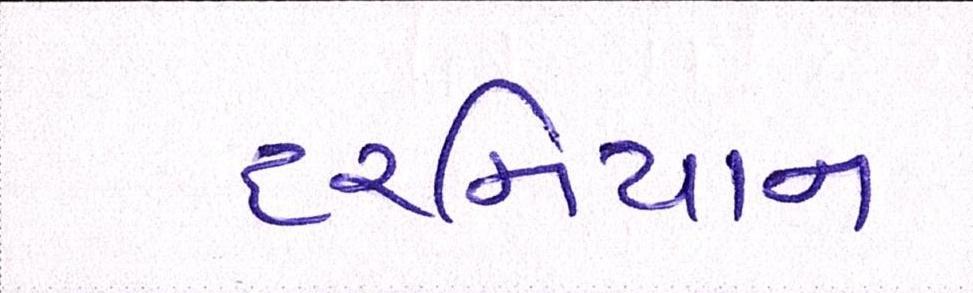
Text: દરમિયાન